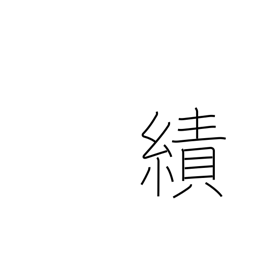
Meaning: exploits